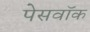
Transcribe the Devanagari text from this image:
पेसवॉक